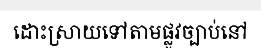
ដោះស្រាយទៅតាមផ្លូវច្បាប់នៅ